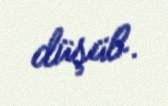
düşüb.